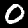
Digit: 0